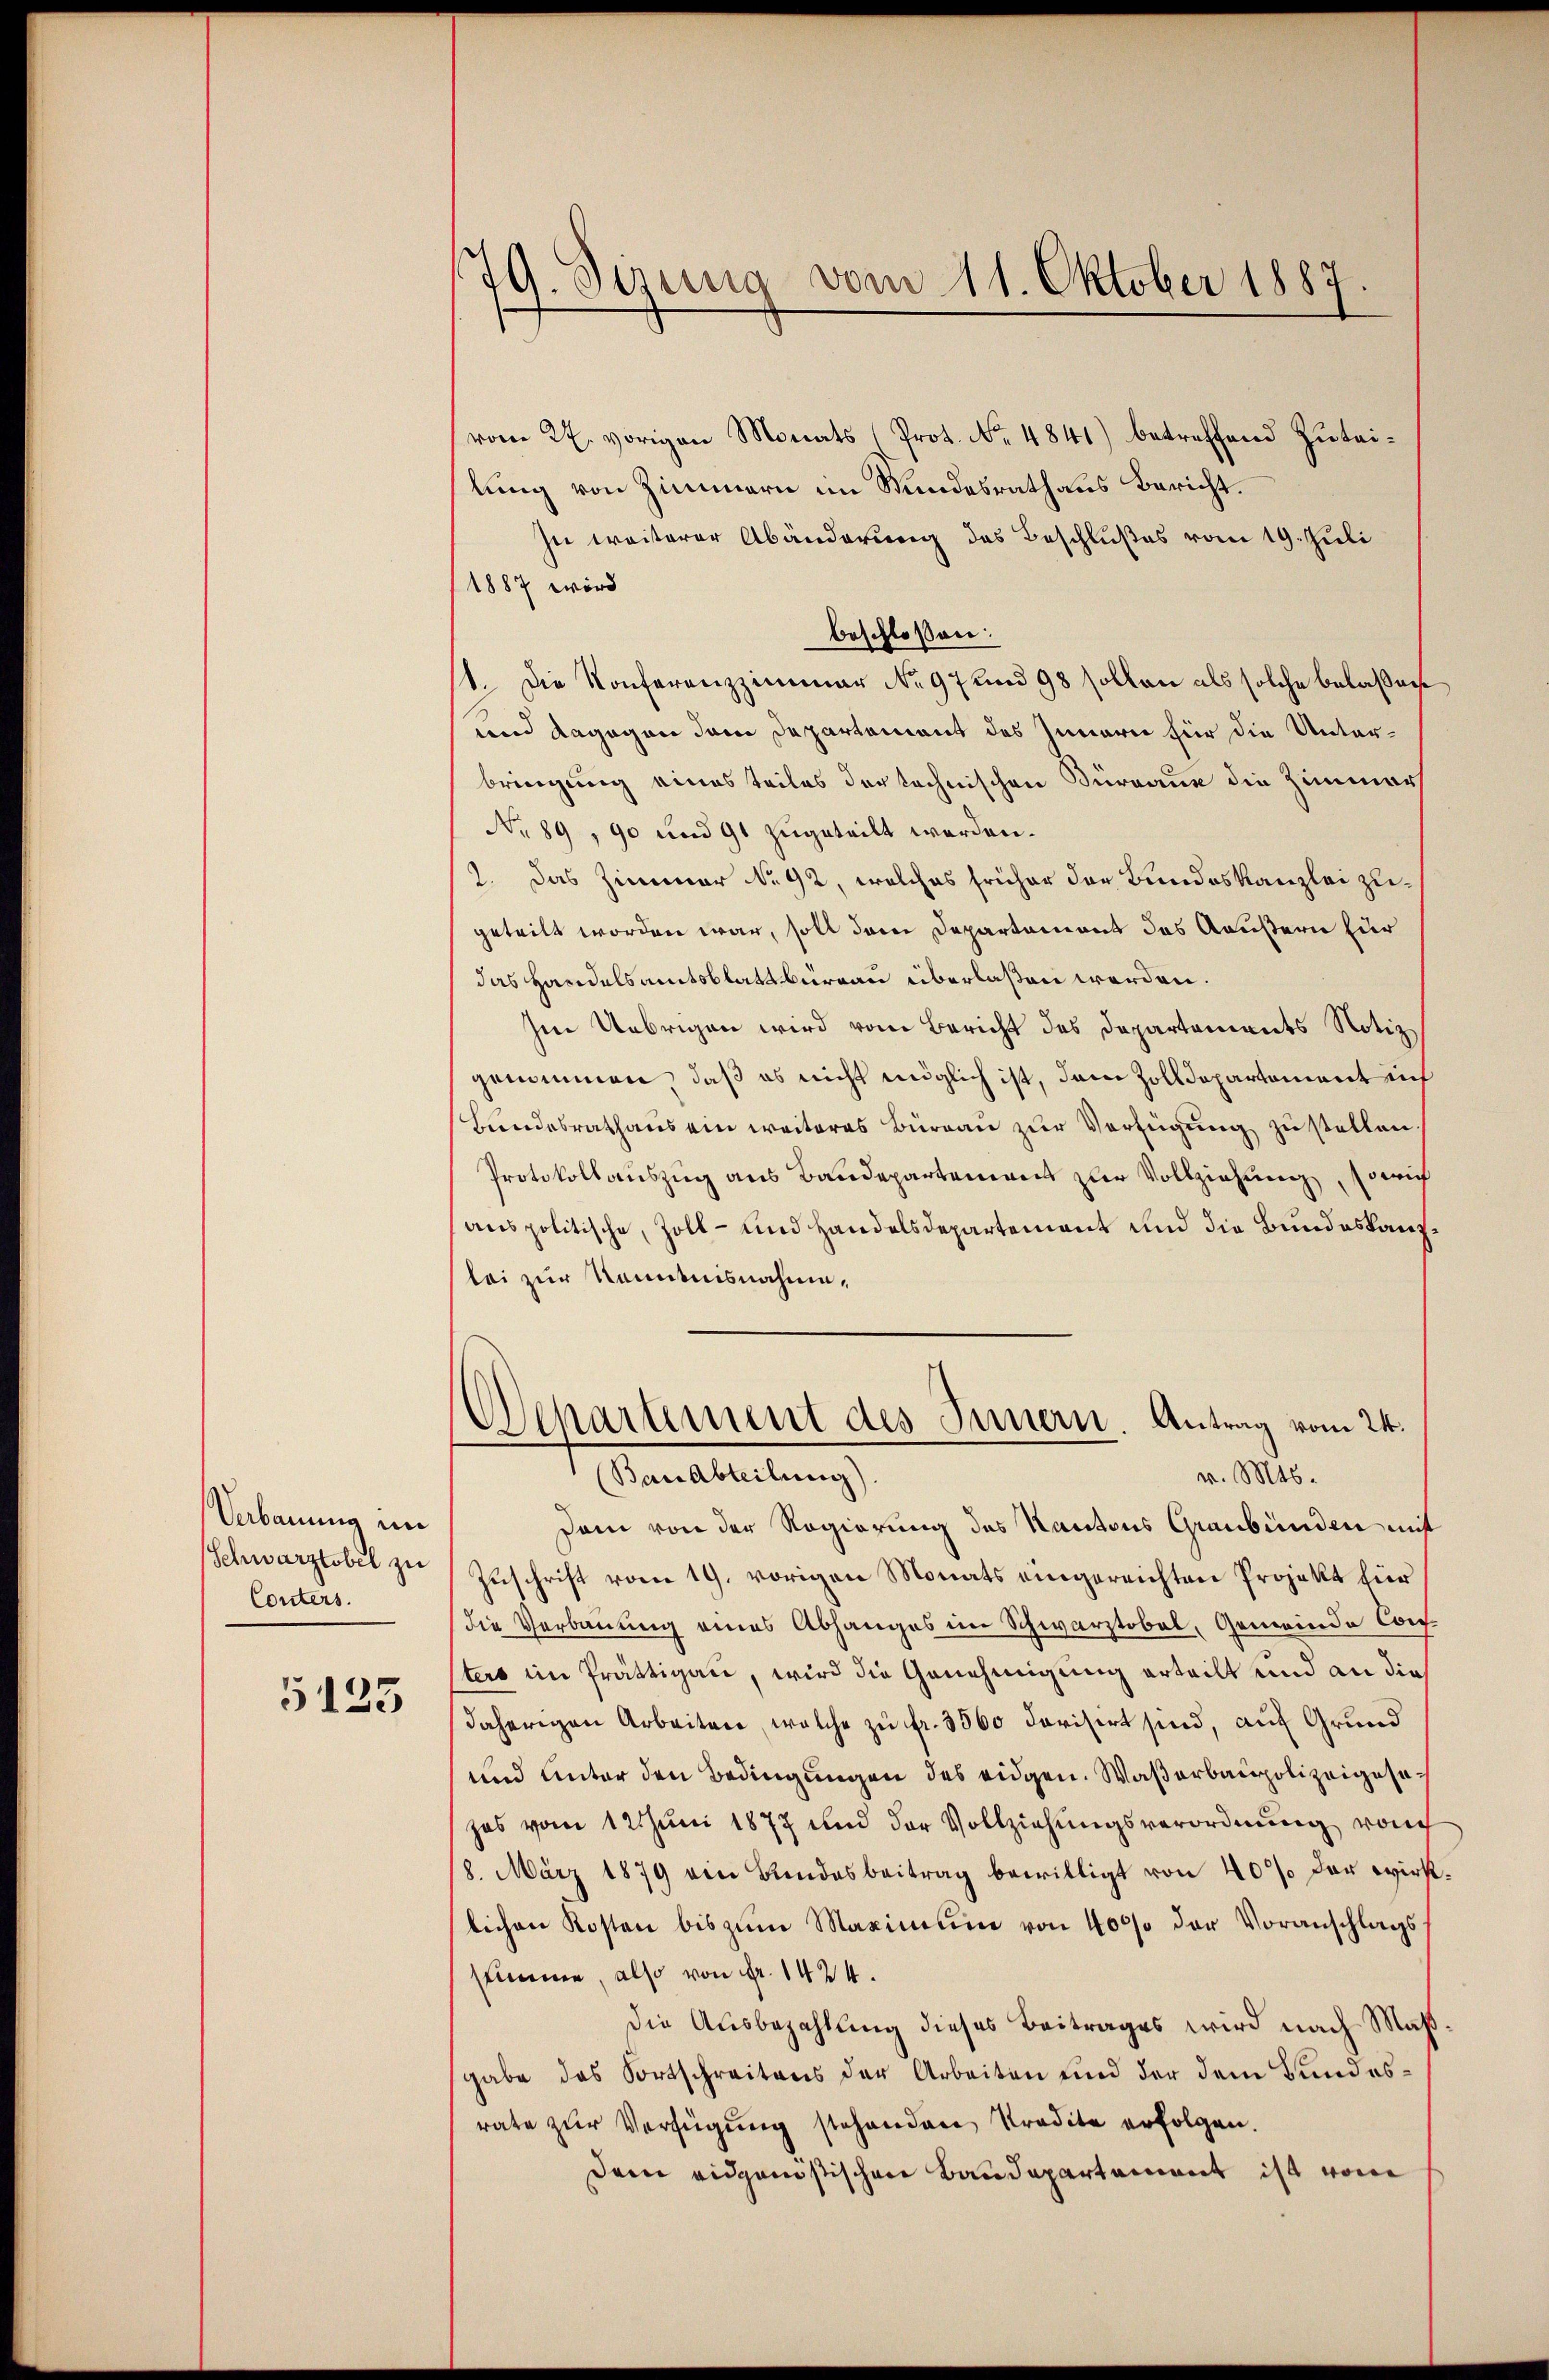
Verbauung ein
Schwarztobel zu
Conters.

5123

179. Sizung vom 11. Oktober 1887

vom 22. vorigen Monats (Prot. No. 4841) betreffend Zuteilung von Zimmern im Bundesrath aus Bericht.
In weiterer Abänderung des Beschlußes vom 19. Juli
1887 wird
beschloßen:
1. Die Konferenzzimmer No. 97 und 98 sollen als solche belaßene
und dagegen dem Departement des Innern für die Unterbringung eines teiles der technischen Dürnaue die Zimmer
No 89, 90 und 91 zugeteilt werden.
2. Das Zimmer No. 92, welches früher der Bundeskanzlei zugeteilt worden war, soll dem Departement des Aaußern zur
das Handelsamtsblattbüreau überlaßen werden.
Im Uebrigen wird vom Bericht des Departements Notiz
genommen, daß es nicht möglich ist, dem Zolldepartement sich
Bundesrathaus ein weiteres Büreau zur Verfügung zu stellen.
Protokollauszug aus Baudepartement zur Vollziehung, sowie
anspolitische, Zoll- und Handelsdepartement und die Bundeskanzlei zur Kenntnisnahme,
Departement des Innern Antrag vom 24.
Bauabteilung).
v. Mts.
Dem von der Regierung des Kantons Graubünden mit
Zuschrift vom 19. vorigen Monats eingereichten Projekt für
die Verbauung eines Abhanges im Schwarztobel, Gemeinde Conters im Prättigau, wird die Genehmigung erteilt und an die
daherigen Arbeiten, welche zu fr. 3560 darisirt sind, auf Grund
und unter den Bedingungen des eidgen. Waßerbaupolizeigesezes vom 12 Juni 1877 und der Vollziehungsverordnung von
18. März 1879 ein Bundesbeitrag bewilligt von 40% der wirkt.
lichen Kosten bis zŭm Maximum von 4000 der Voranschlagssummen, also von Fr. 1424.
Die Ausbezahlung dieses Beitrages wird nach Maßgabe das Fortschreitens der Arbeiten und der dem Bundesrate zur Verfügung stehendere Predite erfolgen.
dem eidgenößischen Baudepartement ist von